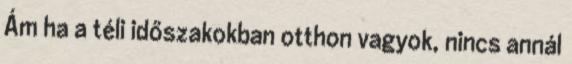
Ám ha a téli időszakokban otthon vagyok, nincs annál